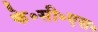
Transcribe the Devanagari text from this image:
के॰सी॰एस॰